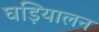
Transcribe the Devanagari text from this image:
घड़ियालन